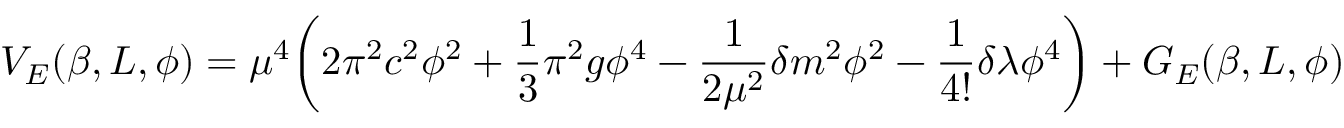
V _ { E } ( \beta , L , \phi ) = \mu ^ { 4 } \biggl ( 2 \pi ^ { 2 } c ^ { 2 } \phi ^ { 2 } + \frac { 1 } { 3 } \pi ^ { 2 } g \phi ^ { 4 } - \frac { 1 } { 2 \mu ^ { 2 } } \delta m ^ { 2 } \phi ^ { 2 } - \frac { 1 } { 4 ! } \delta \lambda \phi ^ { 4 } \biggr ) + G _ { E } ( \beta , L , \phi )